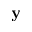
\mathbf { y }